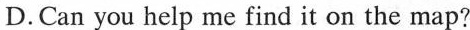
D.Can you help me find it on the map?